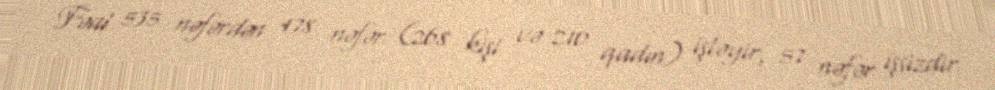
Fəal 535 nəfərdən 478 nəfər (268 kişi və 210 qadın) işləyir, 57 nəfər işsizdir